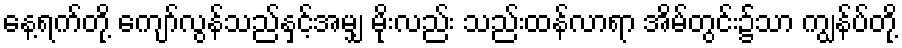
နေ့ရက်တို့ ကျော်လွန်သည်နှင့်အမျှ မိုးလည်း သည်းထန်လာရာ အိမ်တွင်း၌သာ ကျွန်ပ်တို့